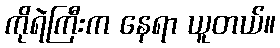
ကိုရဲကြီးက နေရာ ယူတယ်။